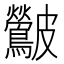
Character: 𮭛